Lunatic asylums United Provinces 1909-1921 - 1909-1921
Year: 1909
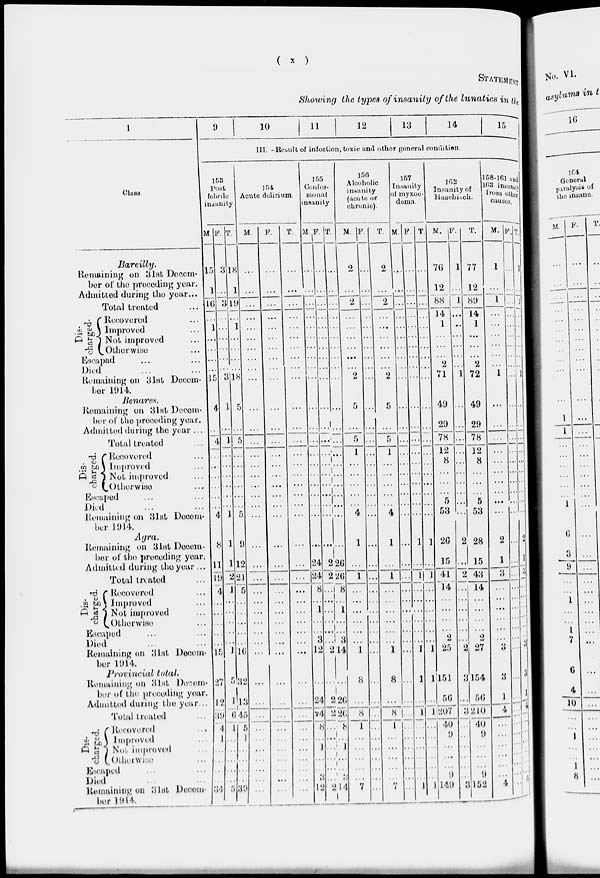
( x )
STATEMENT
Showing the types of insanity of the lunatics in the
1
Class.
Bareilly.
Remaining on 31st Decem-
ber of the preceding year.
Admitted during the year...
Total treated ...
Dis-
charged.
Recovered ...
Improved ...
Not improved ...
Otherwise ...
Escapad ... ...
Died ... ...
Remaining on 31st Decem-
ber 1914.
Benares.
Remaining on 31st Decem-
ber of the preceding year.
Admitted during the year ...
Total treated ...
Dis-
charged.
Recovered ...
Improved ...
Not improved ...
Otherwise ...
Escaped ... ...
Died ... ...
Remaining on 31st Decem-
ber 1914.
Agra.
Remaining on 31st Decem-
ber of the preceding year.
Admitted during the year ...
Total treated ...
Dis-
charged.
Recovered ...
Improved ...
Not improved ...
Otherwise ...
Escaped ... ...
Died ... ...
Remaining on 31st Decem-
ber 1914.
Provincial
total.
Remaining on 31st Decem-
ber of the preceding year.
Admitted during the year ...
Total treated ...
Dis-
charged.
Recovered ...
Improved ...
Not improved ...
Otherwise ...
Escaped ... ...
Died ... ...
Remaining on 31st Decem-
ber 1914.
9
10
11
12
13
14
15
III. –– Result of infection, toxic and other general condition.
153
Post
febrile
insanity.
M
15
1
10
...
1
...
...
...
...
15
4
...
4
...
...
...
...
...
...
4
8
11
19
4
...
...
...
...
...
15
27
12
39
4
1
...
...
...
...
34
F.
3
...
3
...
...
...
...
3
1
...
1
...
...
...
...
...
...
1
1
1
2
1
...
...
...
...
...
1
5
1
6
1
...
...
...
...
...
5
T.
18
1
19
...
1
...
...
...
...
18
5
...
5
...
...
...
...
...
...
5
9
12
21
5
...
...
...
...
...
10
32
13
45
5
1
...
...
...
...
39
154
Acute delirium.
M.
...
...
...
...
...
...
...
...
...
...
...
...
...
...
...
...
...
...
...
...
9 ...
...
...
...
...
...
...
...
...
...
...
...
...
...
...
...
...
...
...
...
F.
...
...
...
...
...
...
...
...
...
...
...
...
...
...
...
...
...
...
...
...
...
...
...
...
...
...
...
...
...
...
...
...
...
...
...
...
...
...
...
...
T.
...
...
...
...
...
...
...
...
...
...
...
...
...
...
...
...
...
...
...
...
...
...
...
...
...
...
...
...
...
...
...
...
...
...
...
...
...
...
...
...
155
Confes-
sional
insanity.
M.
...
...
...
...
...
...
...
...
...
...
...
...
...
...
...
...
...
...
...
...
...
24
24
8
...
1
..
3
12
...
24
24
8
...
...
...
...
3 l2
F.
...
...
...
...
...
...
...
...
...
...
...
...
...
...
...
...
...
...
...
...
...
2
2
...
...
...
...
...
...
2
...
2
2
8 ...
...
1
...
...
...
2
T.
...
...
...
...
...
...
...
...
...
...
...
...
...
...
...
...
...
...
...
...
...
26
26
8
...
1
...
...
3
14
...
26
26
8
...
1
...
...
...
14
156
Alcoholic
insanity
(acute or
chronic).
M.
2
...
2
...
...
...
...
...
...
2
5
...
5
1
...
...
...
...
...
4
1
...
1
...
...
...
...
...
...
1
8
...
8
1
...
...
...
...
...
7
F.
...
...
...
...
...
...
...
...
...
...
...
...
...
...
...
...
...
...
...
...
...
...
...
...
...
...
...
...
...
...
...
...
...
...
...
...
...
...
...
...
T.
2
...
2
...
...
...
...
...
...
2
5
...
5
1
...
...
...
...
...
4
1
...
1
...
...
...
...
...
...
1
8
...
8
1
...
...
...
...
...
7
157
Insanity
of myxoc-
doma.
M
...
...
...
...
...
...
...
...
..
...
...
...
...
...
...
...
...
...
...
...
...
...
...
...
...
...
...
...
...
...
...
...
...
...
...
...
...
...
...
...
F.
...
...
...
...
...
...
...
...
....
...
...
...
...
...
...
...
...
...
...
...
1
...
1
...
...
...
...
...
...
1
1
...
1
...
...
...
...
...
...
1
T.
...
...
...
...
...
...
...
...
...
...
...
...
...
...
...
...
...
...
...
...
1
...
1
...
...
...
...
...
...
1
1
...
1
...
...
...
...
...
...
1
162
Insanity of
Haschisch.
M.
76
12
88
14
1
...
...
...
2
71
49
29
78
12
8
...
...
...
5
53
26
15
41
14
...
...
...
...
2
25
151
56
207
40
9
...
...
...
9
149
F.
1
...
1
...
...
...
...
...
...
1
...
...
...
...
...
...
...
...
2
...
2
...
...
...
...
...
...
2
3
...
3
...
...
...
...
...
...
3
T.
77
12
89
14
1
...
...
...
2
72
49
29
78
12
8
...
...
...
5
53
28
15
43
14
...
...
...
...
2
27
154
56
210
40
9
...
..
.
...
9
152
158-161 and
163 insanity
from other
causes.
M.
1
...
1
...
...
...
...
...
...
1
...
...
...
...
...
...
...
...
...
...
...
2
1
3
...
...
...
...
...
...
3
3
1
4
...
...
...
...
...
...
4
F.
...
...
...
...
...
...
...
...
..
...
...
...
...
...
...
...
...
...
...
...
...
...
...
...
...
...
...
...
...
...
...
...
...
...
...
...
...
...
...
...
...
T.
1
...
1
...
...
...
...
...
...
1
...
...
...
...
...
...
...
...
...
...
...
2
1
3
...
...
...
...
...
...
3
3
1
4
...
...
...
...
...
...
...